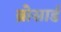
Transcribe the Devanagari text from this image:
ब्रोसार्ड